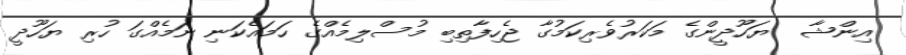
އިންޝާ  ޔަހޫދީންގެ މަކަރުވެރިކަމުގާ ޖެހިފާތިބި މުސްލިމެއްގެ ހަމައެކަނި ނަމެއްގަ ހުރި ޔަހޫދީ